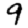
Digit: 9